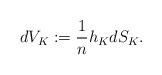
LaTeX: \begin{align*}dV_K := \frac{1}{n} h_K dS_{K} .\end{align*}